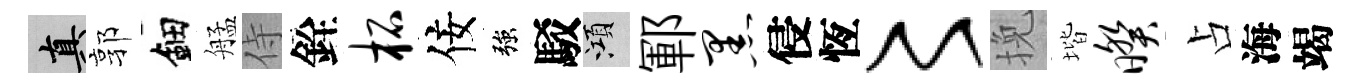
真郭鈿艋侍銓柘佞強駁澒鄆黑侵恆〻挽堦暌占海竭